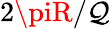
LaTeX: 2\piR/\mathcal{Q}